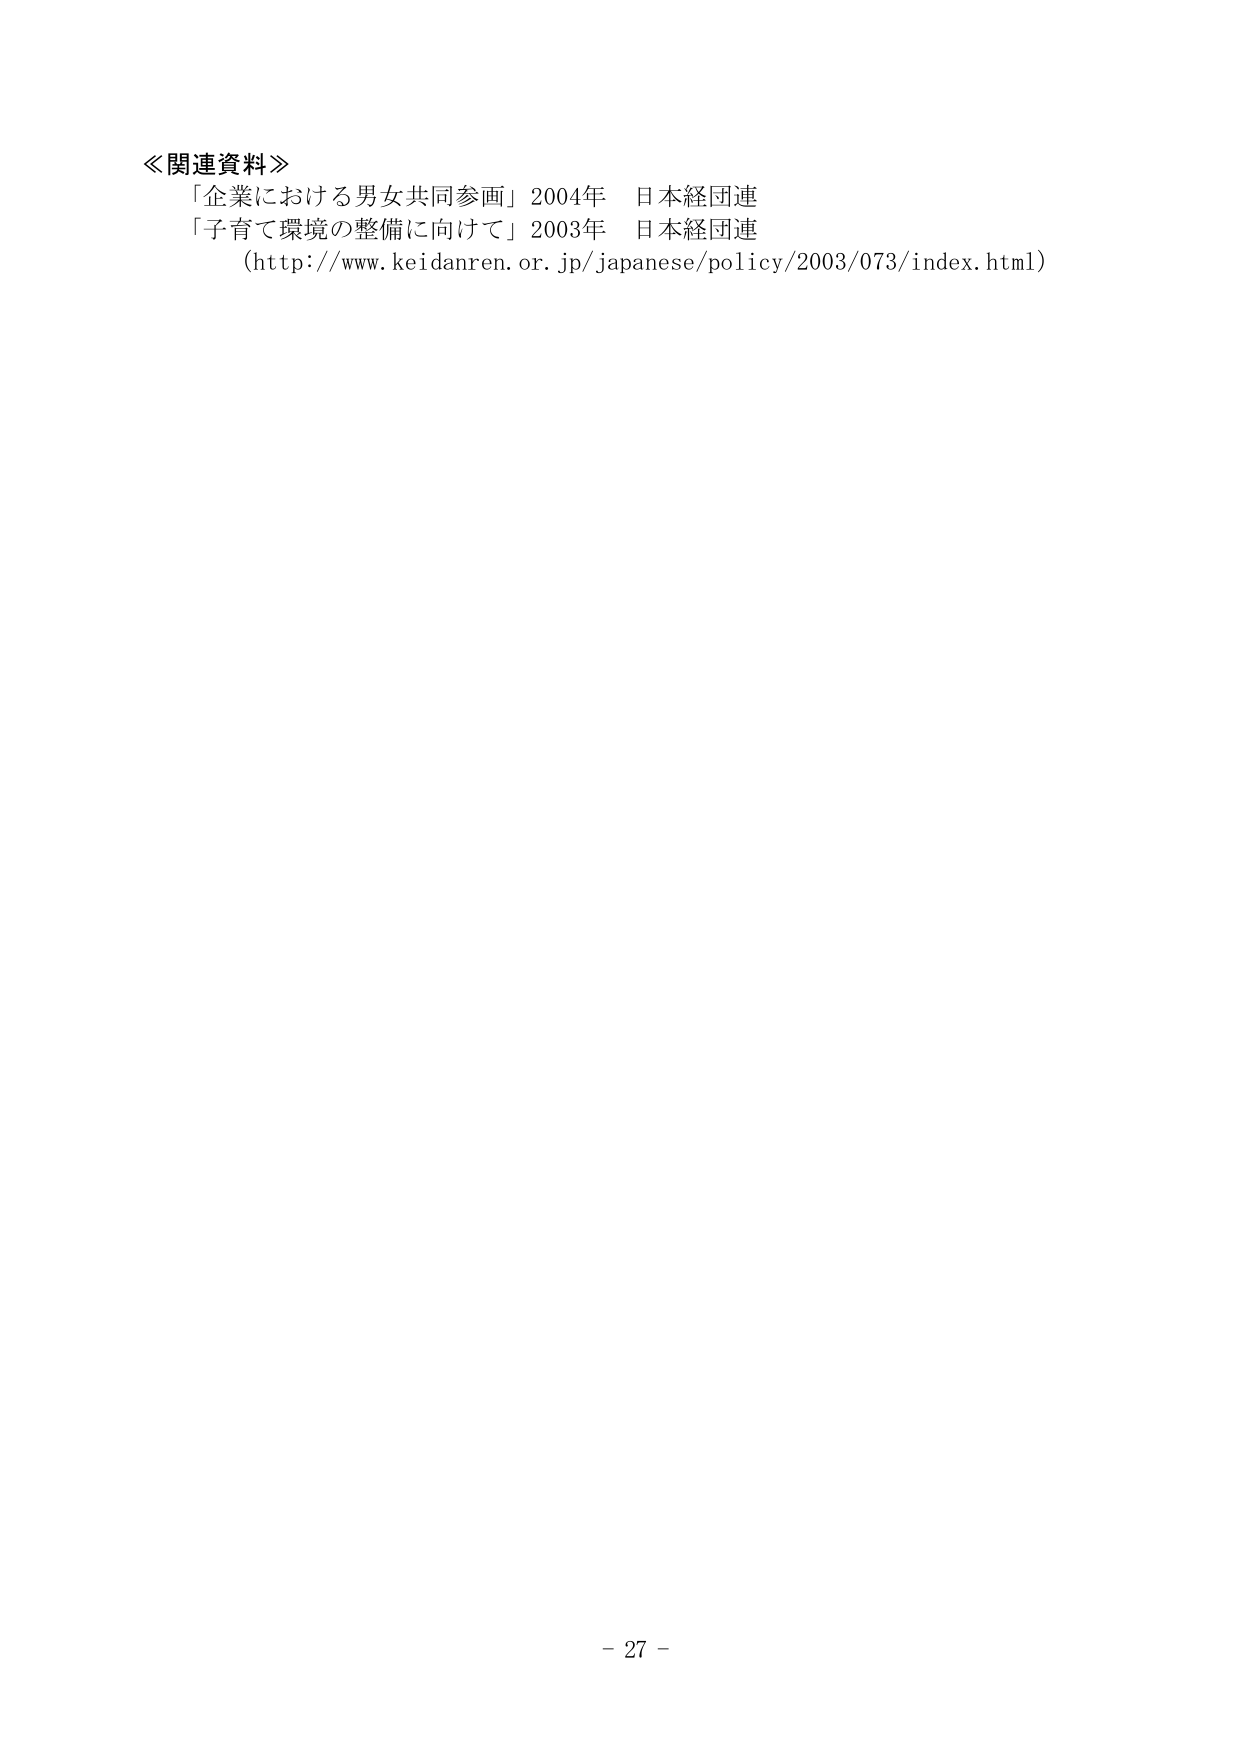
≪関連資料≫
「企業における男女共同参画」2004年 日本経団連
「子育て環境の整備に向けて」2003年 日本経団連
（http://www.keidanren.or.jp/japanese/policy/2003/073/index.html）
- 27 -